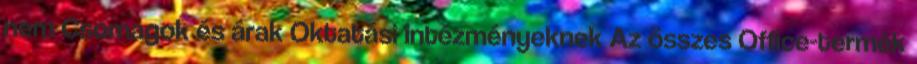
nem Csomagok és árak Oktatási intézményeknek Az összes Office-termék